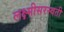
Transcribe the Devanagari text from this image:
लक्ष्मीसरस्वती